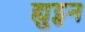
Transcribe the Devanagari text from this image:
ह्युट्सन